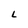
Character: L